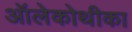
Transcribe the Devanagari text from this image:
ऑलेकोथीका